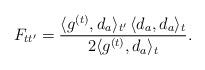
LaTeX: \begin{align*}F_{tt'} = \frac{\langle g^{(t)}, d_a\rangle_{t'}\, \langle d_a, d_a\rangle_t}{2\langle g^{(t)}, d_a\rangle_t}.\end{align*}